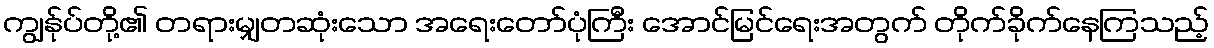
ကျွန်ုပ်တို့၏ တရားမျှတဆုံးသော အရေးတော်ပုံကြီး အောင်မြင်ရေးအတွက် တိုက်ခိုက်နေကြသည့်